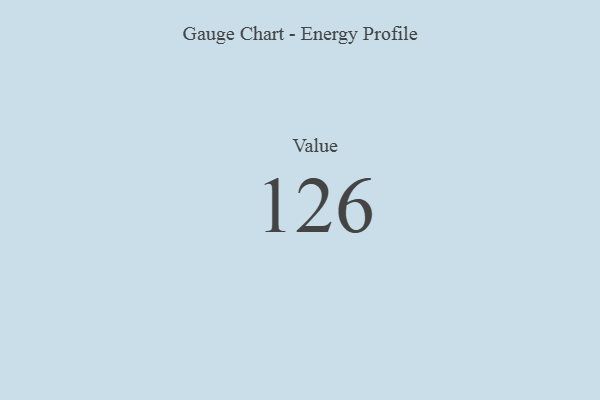
{"axis": {"x": "Metric", "y": "Value"}, "legend": [""], "data": [{"x": "Value", "y": 126, "type": ""}]}